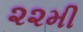
૨૨મી